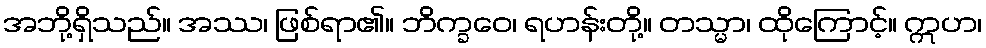
အဘို့ရှိသည်။ အဿ၊ ဖြစ်ရာ၏။ ဘိက္ခဝေ၊ ရဟန်းတို့။ တသ္မာ၊ ထိုကြောင့်။ ဣဟ၊